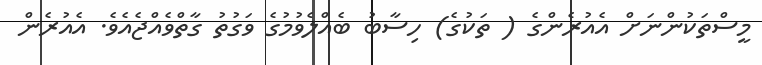
މީސްތަކުންނަށް އެއުރެންގެ ( ތަކުގެ) ހިސާބު ބެއްލެވުމުގެ ވަގުތު ގާތްވެއްޖެއެވެ. އެއުރެން